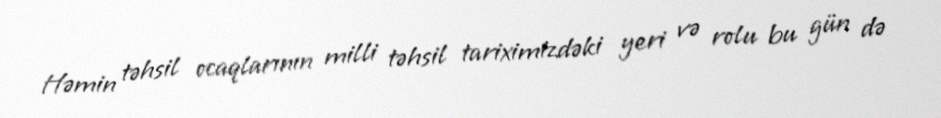
Həmin təhsil ocaqlarının milli təhsil tariximizdəki yeri və rolu bu gün də